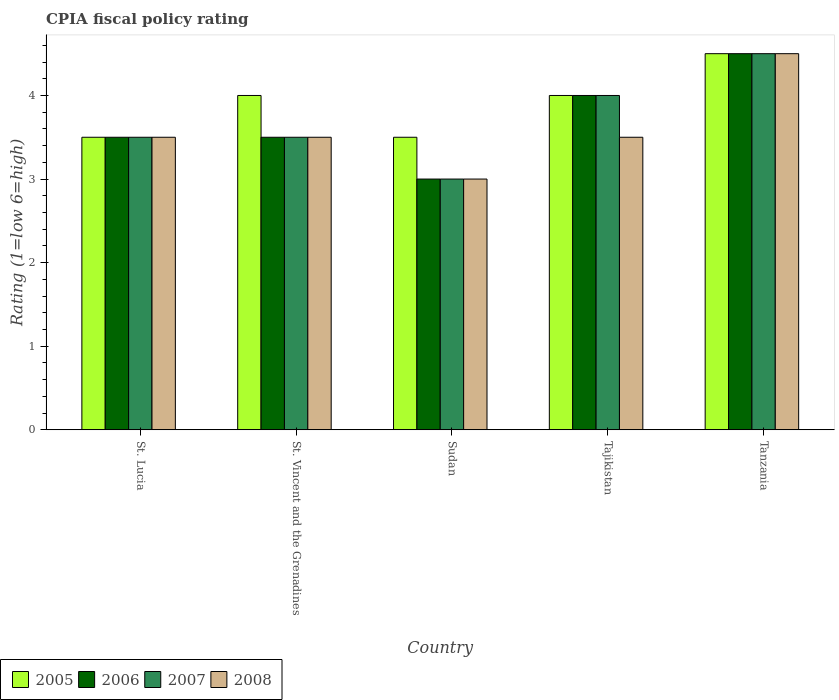
| Country | 2005 | 2006 | 2007 | 2008 |
 | --- | --- | --- | --- | --- |
 | St. Lucia | 3.5 | 3.5 | 3.5 | 3.5 |
 | St. Vincent and the Grenadines | 4 | 3.5 | 3.5 | 3.5 |
 | Sudan | 3.5 | 3 | 3 | 3 |
 | Tajikistan | 4 | 4 | 4 | 3.5 |
 | Tanzania | 4.5 | 4.5 | 4.5 | 4.5 |